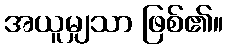
အယူမျှသာ ဖြစ်၏။